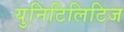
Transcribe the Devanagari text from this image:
युनिटिलिटिज